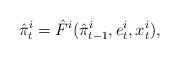
LaTeX: \begin{align*}\hat{\pi}_t^i =\hat{F}^i(\hat{\pi}^i_{t-1},e^i_t,x^i_t),\end{align*}